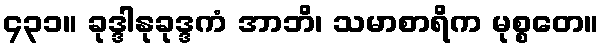
၄၃၁။ ခုဒ္ဒါနုခုဒ္ဒကံ အာဘိ၊ သမာစာရိက မုစ္စတေ။